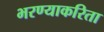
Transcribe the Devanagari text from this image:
भरण्याकरिता